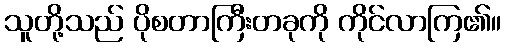
သူတို့သည် ပိုစတာကြီးတခုကို ကိုင်လာကြ၏။